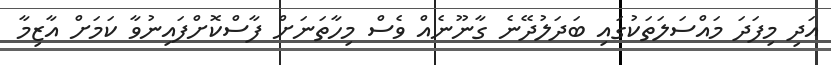
އަދި މިފަދަ މައްސަލަތަކުގައި ބަދަލުދޭނެ ގާނޫނެއް ވެސް މިހާތަނަށް ފާސްކޮށްފައިނުވާ ކަމަށް އާޒިމާ